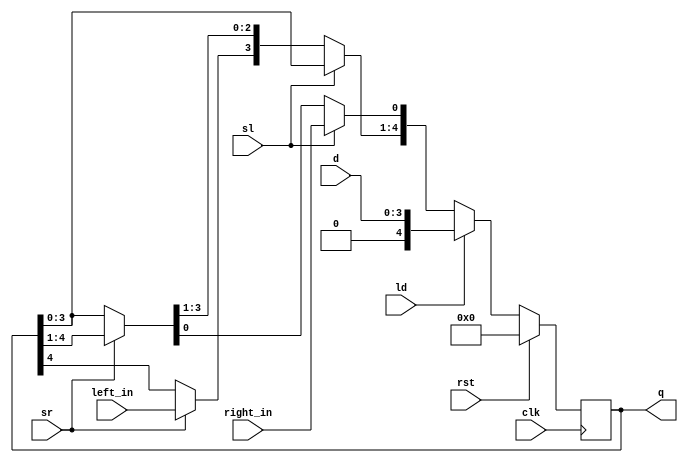
module shift_reg5(clk, rst, sl, sr, ld, left_in, right_in, d, q);
	parameter width = 5;
	
	input clk, rst, sl, sr, ld, left_in, right_in;
	input [width-2:0] d;
	output reg[width-1:0] q;
	
	always@ (posedge clk) begin
		if(rst) //active high
			q = 0;
		else if(ld) begin //active low?
			q = d;
			//$display("r_q: %d, d: %d", q, d);
		end
		else if(sl) begin
			q[width-1:1] = q[width-2:0];
			q[0] = right_in;
		end
		else if(sr) begin
			q[width-2:0] = q[width-1:1];
			q[width-1] = left_in;
		end
		else
			q = q;
	end
endmodule